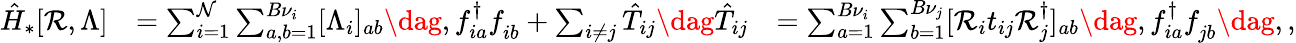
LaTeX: \begin{array}{rlr}{\hat{H}_{*}[\mathcal{R},\Lambda]}&{=\sum_{i=1}^{\mathcal{N}}\sum_{a,b=1}^{{B}\nu_{i}}[\Lambda_{i}]_{ab}\dag,f_{ia}^{\dagger}f_{ib}^{\phantom{\dagger}}+\sum_{i\neq j}\hat{T}_{ij}\dag\hat{T}_{ij}}&{=\sum_{a=1}^{B\nu_{i}}\sum_{b=1}^{B\nu_{j}}[\mathcal{R}_{i}t_{ij}\mathcal{R}_{j}^{\dagger}]_{ab}\dag,f_{ia}^{\dagger}f_{jb}^{\phantom{\dagger}}\dag,,}\end{array}